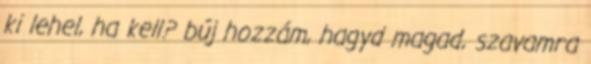
ki lehel, ha kell? búj hozzám, hagyd magad, szavamra